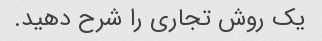
یک روش تجاری را شرح دهید.